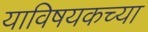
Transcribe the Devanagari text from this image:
याविषयकच्या